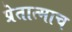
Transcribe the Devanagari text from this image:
प्रेतात्माच